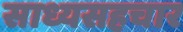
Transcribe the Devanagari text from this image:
साध्यसहचार